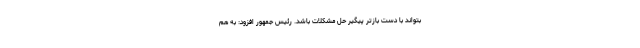
بتواند با دست بازتر پیگیر حل مشکلات باشد. رئیس جمهور افزود: به هم